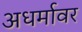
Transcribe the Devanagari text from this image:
अधर्मावर